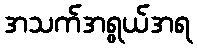
အသက်အရွယ်အရ